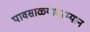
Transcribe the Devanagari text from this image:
पावसाळ्यादरम्यान